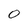
Character: 0